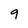
Character: 9